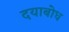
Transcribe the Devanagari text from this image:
दयाबोध